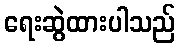
ရေးဆွဲထားပါသည်